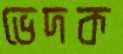
ভেদক